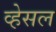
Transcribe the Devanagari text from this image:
व्हेसल